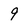
Character: 9